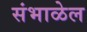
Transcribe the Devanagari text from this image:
संभाळेल